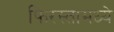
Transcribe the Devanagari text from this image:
फिरस्तामध्ये